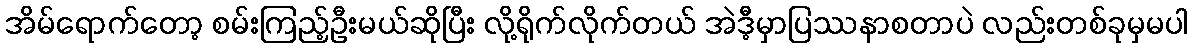
အိမ်ရောက်တော့ စမ်းကြည့်ဦးမယ်ဆိုပြီး လို့ရိုက်လိုက်တယ် အဲဒီ့မှာပြဿနာစတာပဲ လည်းတစ်ခုမှမပါ